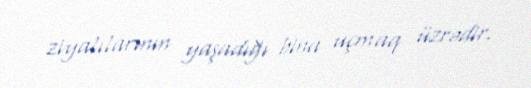
ziyalılarının yaşadığı bina uçmaq üzrədir.